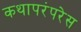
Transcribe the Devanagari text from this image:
कथापरंपरेस